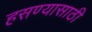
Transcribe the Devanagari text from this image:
हसण्यासाठी